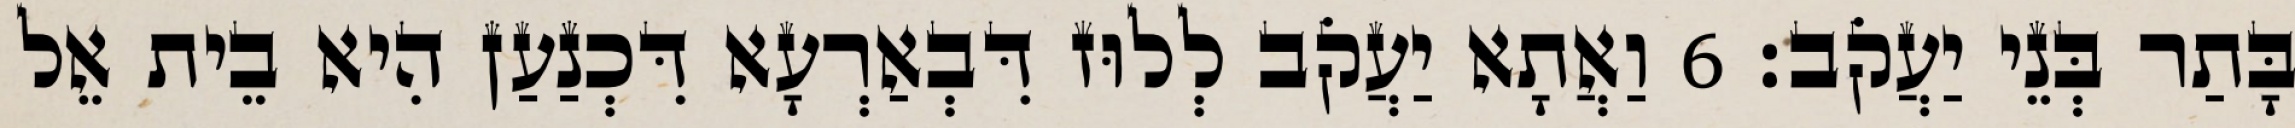
בָּתַר בְּנֵי יַעֲקֹב׃ 6 וַאֲתָא יַעֲקֹב לְלוּז דִּבְאַרְעָא דִּכְנַעַן הִיא בֵית אֵל